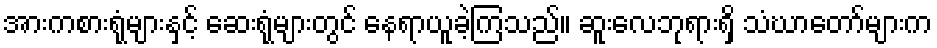
အားကစားရုံများနှင့် ဆေးရုံများတွင် နေရာယူခဲ့ကြသည်။ ဆူးလေဘုရားရှိ သံဃာတော်များက